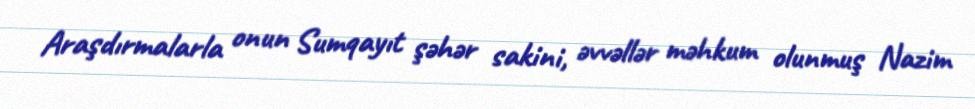
Araşdırmalarla onun Sumqayıt şəhər sakini, əvvəllər məhkum olunmuş Nazim